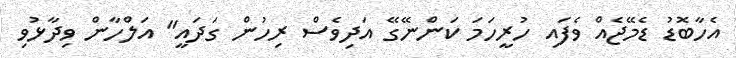
އެހާބޮޑު ޑެމޭޖެއް ވެފައި ހުރީހަމަ ކަންނޭގޭ އަދިވެސް ރިހުން ގަދައީ" އަލްހާން ވިދާޅުވި